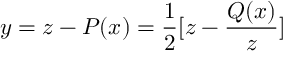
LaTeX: y = z - P ( x ) = \frac { 1 } { 2 } [ z - \frac { Q ( x ) } { z } ]